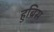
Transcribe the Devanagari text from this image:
हुब्रिस